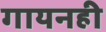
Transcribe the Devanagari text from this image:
गायनही